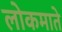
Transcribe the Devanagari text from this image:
लोकमाते